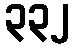
၃၃၂